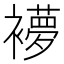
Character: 䙦